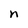
Character: n